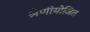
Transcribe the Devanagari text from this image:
श्रेणीयोजित